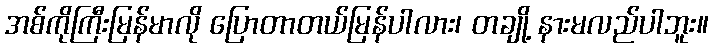
အစ်ကိုကြီးမြန်မာလို ပြောတာတယ်မြန်ပါလား၊ တချို့ နားမလည်ပါဘူး။